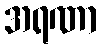
အရဏာ